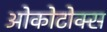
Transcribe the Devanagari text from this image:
ओकोटोक्स